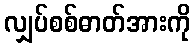
လျှပ်စစ်ဓာတ်အားကို